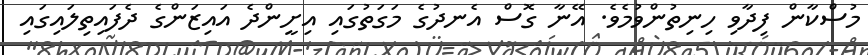
މުސްކާން ފިދާވި ހިނިތުންވުމެވެ. އޭނާ ގޮސް އެނދުގެ މަގަތުގައި އިށީންދެ އައިޒަންގެ ދެފައިތިލައިގައި